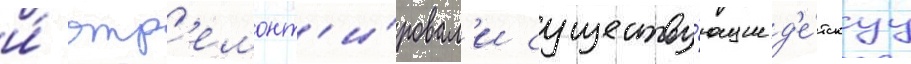
и́ отр'емонт'и́ровал'и существу́ющие д'е́тскуу